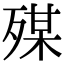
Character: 𣨴